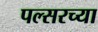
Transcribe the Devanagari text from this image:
पल्सरच्या